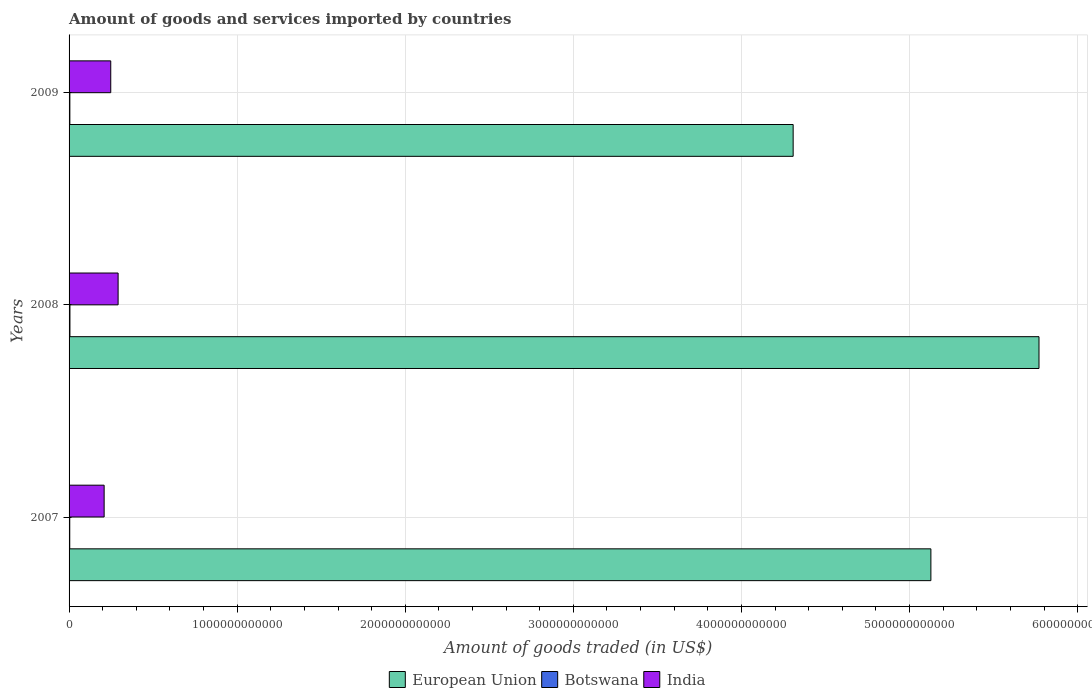
| Years | European Union | Botswana | India |
 | --- | --- | --- | --- |
 | 2007 | 5.13e+12 | 4.01e+09 | 2.09e+11 |
 | 2008 | 5.77e+12 | 5.18e+09 | 2.92e+11 |
 | 2009 | 4.31e+12 | 4.66e+09 | 2.48e+11 |